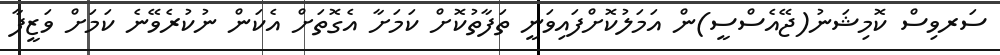
ސަރވިސް ކޮމިޝަނު(ޖޭއެސްސީ)ން އަމަލުކޮށްފައިވަނީ ތަފާތުކޮށް ކަމަށާ އެގޮތަށް އެކަން ނުކުރެވޭނެ ކަމަށް ވަޒީފާ